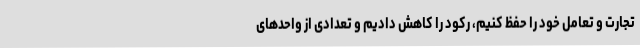
تجارت و تعامل خود را حفظ کنیم، رکود را کاهش دادیم و تعدادی از واحدهای